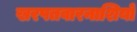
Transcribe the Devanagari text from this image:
खरपतवारनाशियों